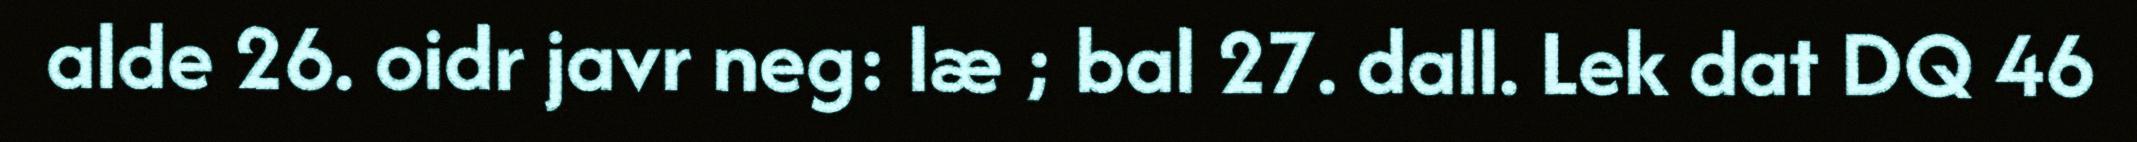
alde 26. oidr javr neg: læ ; bal 27. dall. Lek dat DQ 46